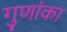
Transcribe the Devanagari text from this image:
गुणांका